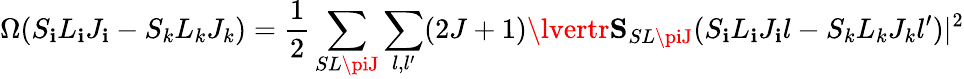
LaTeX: \Omega(S_{\mathbf{i}}L_{\mathbf{i}}J_{\mathbf{i}}-S_{k}L_{k}J_{k})={\frac{{1}}{{2}}}\sum_{SL\piJ}\sum_{l,l^{\prime}}(2J+1)\lvertr{\mathbf{S}}_{SL\piJ}(S_{\mathbf{i}}L_{\mathbf{i}}J_{\mathbf{i}}l-S_{k}L_{k}J_{k}l^{\prime})\rvert^{2}